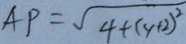
A P = \sqrt { 4 + ( y + 2 ) ^ { 2 } }